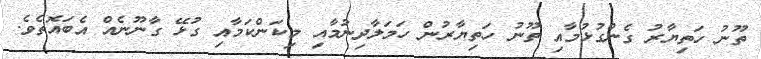
ތޫނު ހަތިޔާރު ގެންގުޅުމާއި ތޫނު ހަތިޔާރުން ހަމަލާދިނުމާއި މިކަންކަމާއި ގުޅޭ ގާނޫނެއް އެބައޮތެވެ.